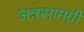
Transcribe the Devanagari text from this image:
अन्नसामग्री